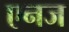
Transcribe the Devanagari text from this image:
एनज